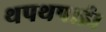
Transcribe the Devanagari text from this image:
थपथपाई।